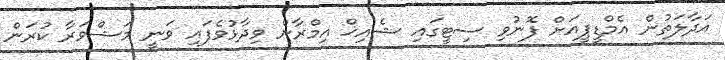
އަދާލަތުން އެމްޑީޕީއަށް ފޮނުވި ސިޓީގައި ޝެއިިޚް އިމްރާން ވިދާޅުވެފައި ވަނީ މަޝްވަރާ ކުރަން